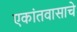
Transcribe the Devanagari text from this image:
एकांतवासाचे